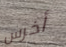
أخرس